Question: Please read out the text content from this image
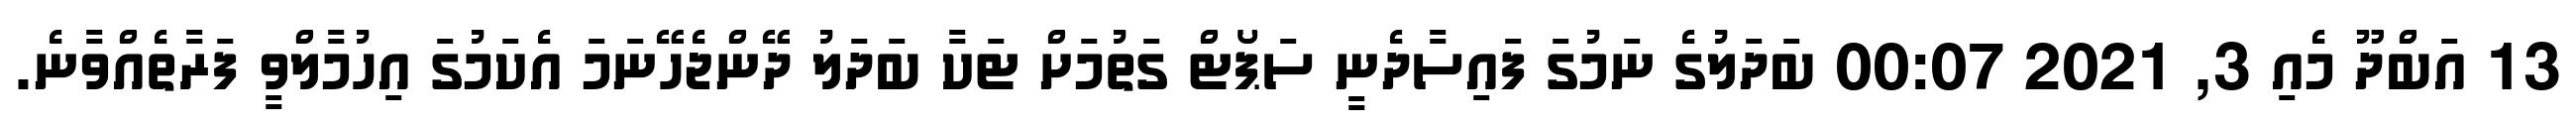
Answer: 13 އަބްދޫ މެއި 3, 2021 00:07 ބަދަލުގެ ނަމުގަ ފައިސާދެނީ ސަޕޯޓް ގަތުމަށް ޓަކާ ބަދަލު ދޭންޖެހޭނަމަ އެކަމުގަ އިހުމާލްވީ ފަރާތެއްވާނެ.